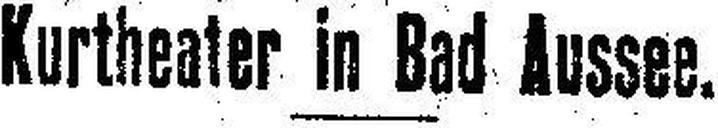
Kurtheater in Bad Aussee.